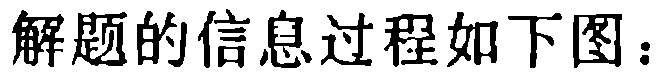
解题的信息过程如下图：